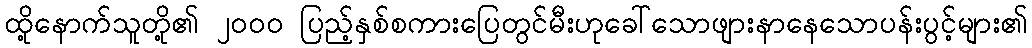
ထို့နောက်သူတို့၏ ၂၀၀၀ ပြည့်နှစ်စကားပြေတွင်မီးဟုခေါ်သောဖျားနာနေသောပန်းပွင့်များ၏